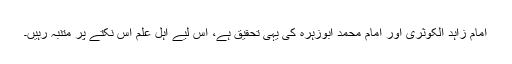
امام زاہد الکوثریؒ اور امام محمد ابوزہرہؒ کی یہی تحقیق ہے، اس لیے اہلِ علم اس نکتے پر متنبہ رہیں۔